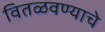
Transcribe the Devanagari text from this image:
वितळवण्याचे